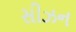
સીઝન